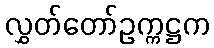
လွှတ်တော်ဥက္ကဋ္ဌက